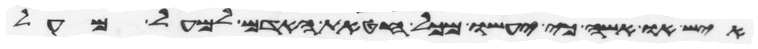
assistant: איש או אשה כי יעשו מכל חטאת האדם למעל מעל